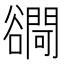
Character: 𧯓